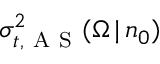
\sigma _ { t , \mathrm { ~ A ~ S ~ } } ^ { 2 } ( \Omega \, | \, n _ { 0 } )